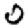
Digit: 0